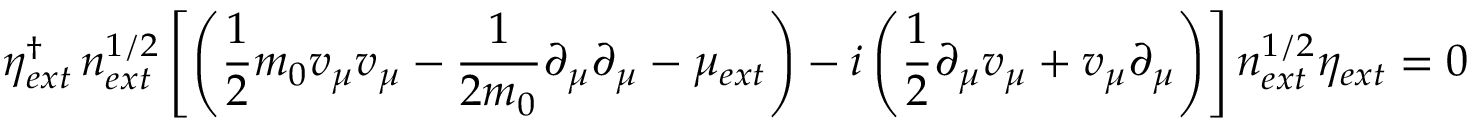
\eta _ { e x t } ^ { \dagger } \, n _ { e x t } ^ { 1 / 2 } \left[ \left( \frac { 1 } { 2 } m _ { 0 } v _ { \mu } v _ { \mu } - \frac { 1 } { 2 m _ { 0 } } \partial _ { \mu } \partial _ { \mu } - \mu _ { e x t } \right) - i \left( \frac { 1 } { 2 } \partial _ { \mu } v _ { \mu } + v _ { \mu } \partial _ { \mu } \right) \right] n _ { e x t } ^ { 1 / 2 } \eta _ { e x t } = 0